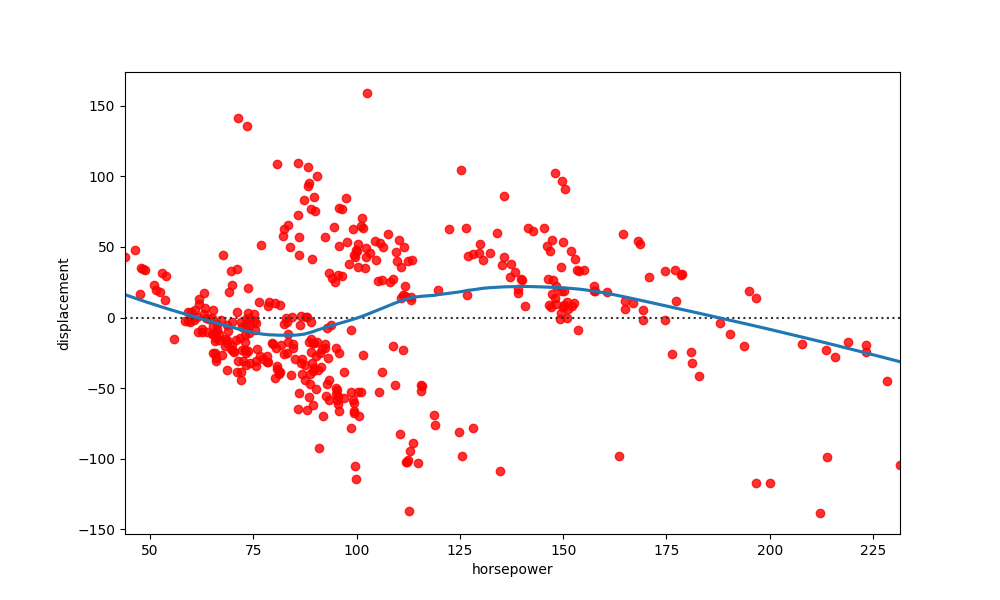
python, seaborn, residplot, lowess=True, scatter_color=red